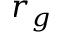
r _ { g }